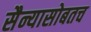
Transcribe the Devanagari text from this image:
सैन्यासोबतच